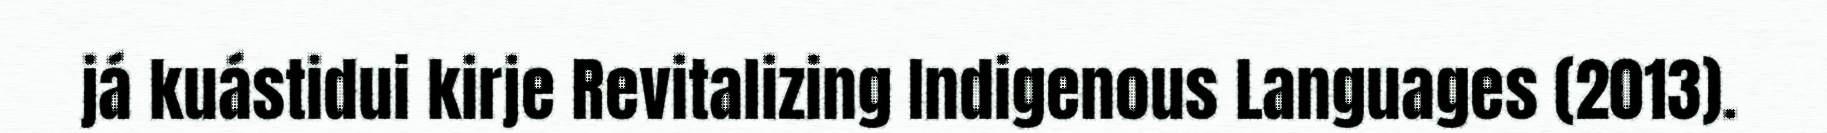
já kuástidui kirje Revitalizing Indigenous Languages (2013).